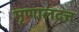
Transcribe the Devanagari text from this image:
मृणालदत्त